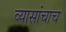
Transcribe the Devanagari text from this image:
व्यासांचाच